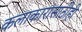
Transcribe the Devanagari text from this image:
कलाकारांसाठीही